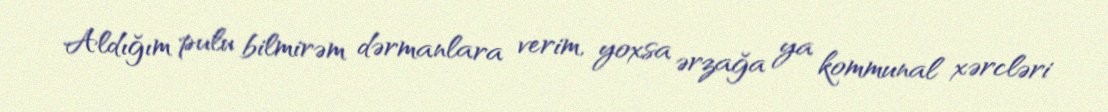
Aldığım pulu bilmirəm dərmanlara verim, yoxsa ərzağa ya kommunal xərcləri